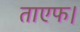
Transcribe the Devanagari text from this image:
ताएफ।